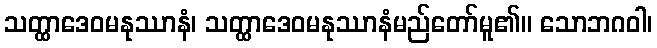
သတ္ထာဒေဝမနုဿာနံ၊ သတ္ထာဒေဝမနုဿာနံမည်တော်မူ၏။ သောဘဂဝါ၊